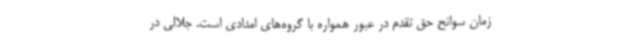
زمان سوانح حق تقدم در عبور همواره با گروه‌های امدادی است. جلالی در